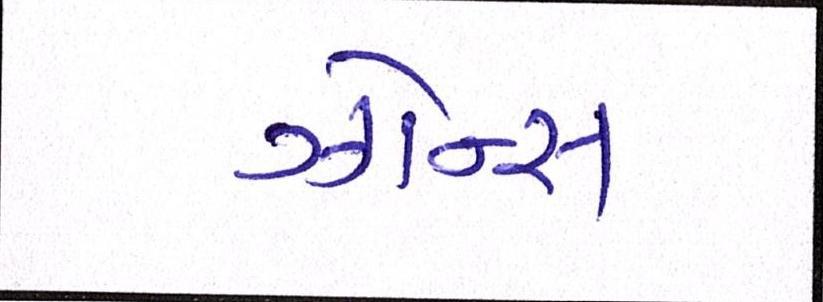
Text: ઝોન્સ